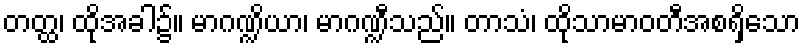
တတ္ထ၊ ထိုအခါ၌။ မာဂဏ္ဍိယာ၊ မာဂဏ္ဍီသည်။ တာသံ၊ ထိုသာမာဝတီအစရှိသော